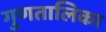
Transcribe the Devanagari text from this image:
गुणतालिका